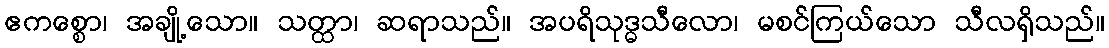
ဧကစ္စော၊ အချို့သော။ သတ္ထာ၊ ဆရာသည်။ အပရိသုဒ္ဓသီလော၊ မစင်ကြယ်သော သီလရှိသည်။